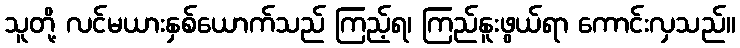
သူတို့ လင်မယားနှစ်ယောက်သည် ကြည့်ရ၊ ကြည်နူးဖွယ်ရာ ကောင်းလှသည်။